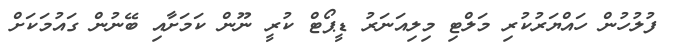
ފުލުހުން ހައްޔަރުކުރި މަލްޓި މިލިއަނަރު ޑީޕޯޓް ކުރީ ނޫން ކަމަށާއި ބޭނުން ގައުމަކަށް